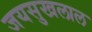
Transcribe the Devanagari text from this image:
जयसुखलाल